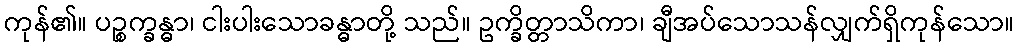
ကုန်၏။ ပဉ္စက္ခန္ဓာ၊ ငါးပါးသောခန္ဓာတို့ သည်။ ဥက္ခိတ္တာသိကာ၊ ချီအပ်သောသန်လျှက်ရှိကုန်သော။